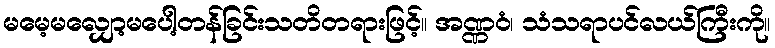
မမေ့မလျှော့မပေါ့တန်ခြင်းသတိတရားဖြင့်။ အဏ္ဏဝံ၊ သံသရာပင်လယ်ကြီးကို။